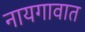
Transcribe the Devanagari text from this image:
नायगावात